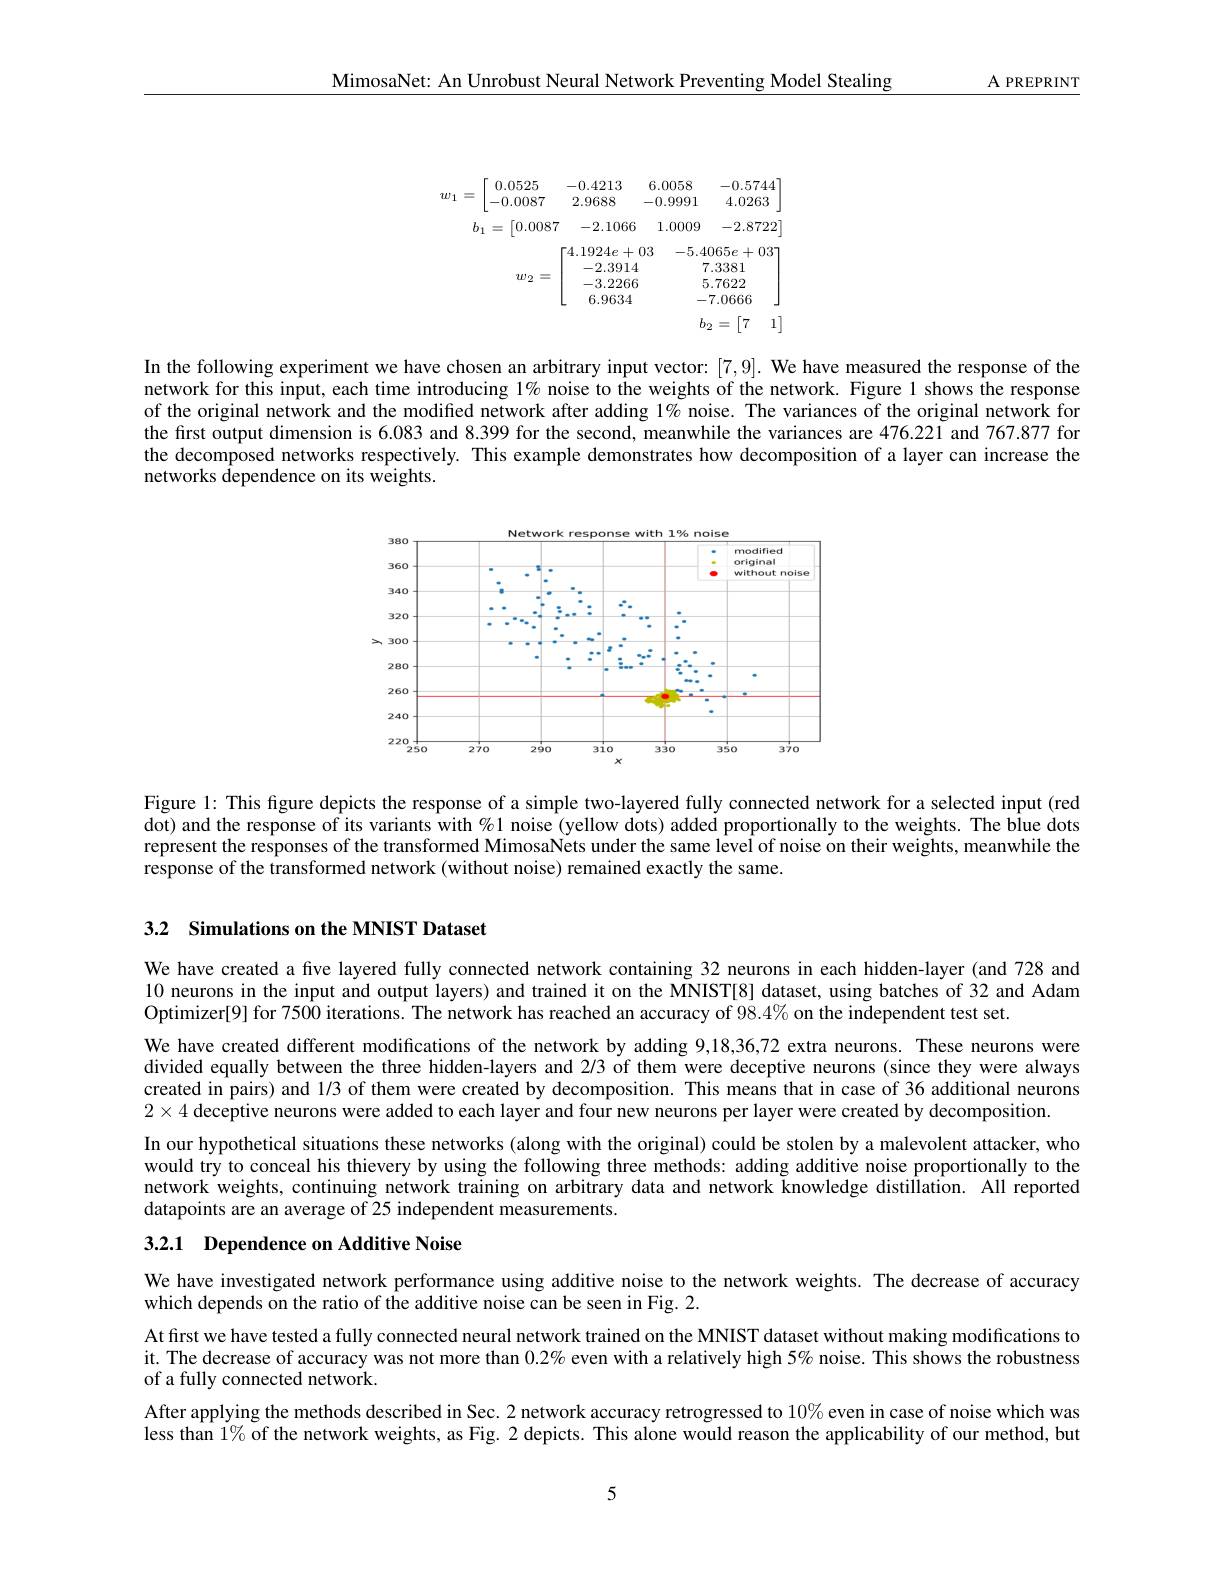
A PREPRINT

MimosaNet: An Unrobust Neural Network Preventing Model Stealing

<FigureHere>

In the following experiment we have chosen an arbitrary input vector: [7,9]. We have measured the response of the network for this input, each time introducing $1\%$ noise to the weights of the network. Figure 1 shows the response of the original network and the modified network after adding 1% noise. The variances of the original network for the first output dimension is 6.083 and 8.399 for the second, meanwhile the variances are 476.221 and 767.877 for the decomposed networks respectively. This example demonstrates how decomposition of a layer can increase the networks dependence on its weights.

<FigureHere>

Figure l: This figure depicts the response of a simple two-layered fully connected network for a selected input (red dot) and the response of its variants with $\%1$ noise (yellow dots) added proportionally to the weights. The blue dots represent the responses of the transformed MimosaNets under the same level of noise on their weights, meanwhile the response of the transformed network (without noise) remained exactly the same.

3.2 Simulations on the MNIST Dataset

We have created a five layered fully connected network containing 32 neurons in each hidden-layer (and 728 and 10 neurons in the input and output layers) and trained it on the MNIST[8] dataset, using batches of 32 and Adam Optimizer[9] for 7500 iterations. The network has reached an accuracy of $98.4\%$ on the independent test set.
We have created different modifications of the network by adding 9,18,36,72 extra neurons. These neurons were divided equally between the three hidden-layers and 2/3 of them were deceptive neurons (since they were always created in pairs) and 1/3 of them were created by decomposition. This means that in case of 36 additional neurons $2\times4$ deceptive neurons were added to each layer and four new neurons per layer were created by decomposition.
In our hypothetical situations these networks (along with the original) could be stolen by a malevolent attacker, who would try to conceal his thievery by using the following three methods: adding additive noise proportionally to the network weights, continuing network training on arbitrary data and network knowledge distillation. All reported datapoints are an average of 25 independent measurements.

3.2.1 Dependence on Additive Noise

We have investigated network performance using additive noise to the network weights. The decrease of accuracy
which depends on the ratio of the additive noise can be seen in Fig. 2.
At first we have tested a fully connected neural network trained on the MNIST dataset without making modifications to it. The decrease of accuracy was not more than $0.2\%$ even with a relatively high 5% noise. This shows the robustness of a fully connected network.
After applying the methods described in Sec. 2 network accuracy retrogressed to $10\%$ even in case of noise which was less than $1\%$ of the network weights, as Fig. 2 depicts. This alone would reason the applicability of our method, but

5